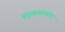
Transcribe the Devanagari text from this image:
बंदूकधाऱ्यांना